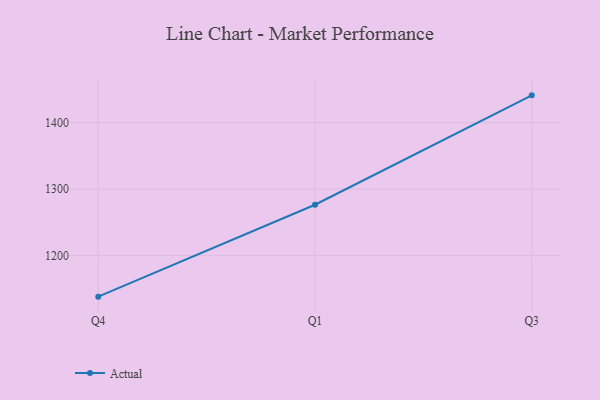
{"axis": {"x": "Quarter", "y": "Active Users"}, "legend": ["Actual"], "data": [{"x": "Q4", "y": 1138.3, "type": "Actual"}, {"x": "Q1", "y": 1276.5, "type": "Actual"}, {"x": "Q3", "y": 1441.0, "type": "Actual"}]}